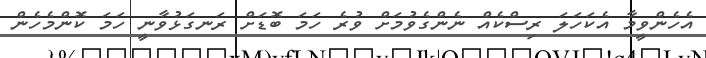
އެހެންވީމާ އެކަހަލަ ރިސްކެއް ނެންގެވުމަށް ވުރެ ހަަމަ ބޮޑަށް ރަނގަޅުވާނީ ހަމަ ކޮންމެހެން